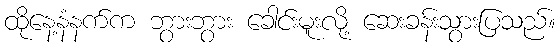
ထိုနေ့နံနက်က ဘွားဘွား ခေါင်းမူးလို့ ဆေးခန်းသွားပြသည်။